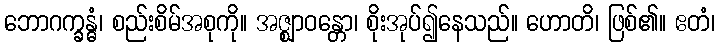
ဘောဂက္ခန္ဓံ၊ စည်းစိမ်အစုကို။ အဇ္ဈာဝန္တော၊ စိုးအုပ်၍နေသည်။ ဟောတိ၊ ဖြစ်၏။ ဧတံ၊